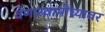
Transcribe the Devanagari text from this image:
वेणास्वामींच्यावर